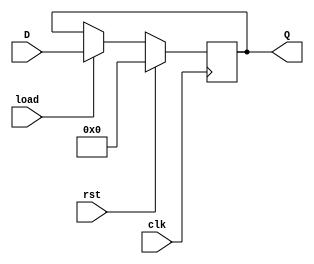
// This program was cloned from: https://github.com/lnis-uofu/OpenFPGA
// License: MIT License

module Reg_8bit(Q,D,load,clk,rst);

output	[7:0]Q;
input	[7:0]D;
input	load,clk,rst;

reg [7:0]Q;

always@(posedge clk)
	begin
		if(rst==1)Q<=8'b0;
		else if(load==1)Q<=D;
	end

endmodule